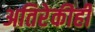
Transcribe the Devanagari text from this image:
अतिरेकीही